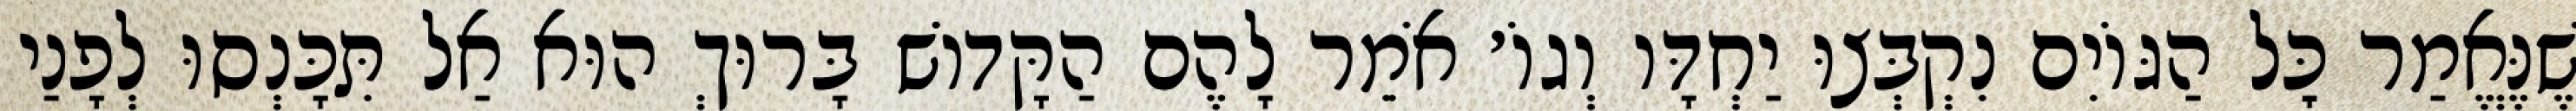
שֶׁנֶּאֱמַר כׇּל הַגּוֹיִם נִקְבְּצוּ יַחְדָּו וְגוֹ׳ אֹמֵר לָהֶם הַקָּדוֹשׁ בָּרוּךְ הוּא אַל תִּכָּנְסוּ לְפָנַי